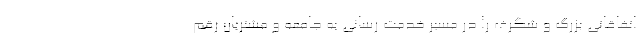
اتفاقاتی بزرگ و شگرف را در مسیر خدمت رسانی به جامعه و مشتریان رقم